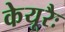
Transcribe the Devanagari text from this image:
केयूरैः